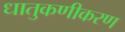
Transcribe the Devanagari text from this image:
धातुकणीकरण